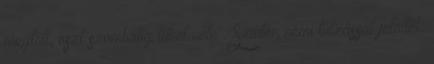
megtőti, oszt szombatig lűhet vele". Szintén némi túlzással jelölték